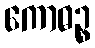
ကောဓဉ္စ